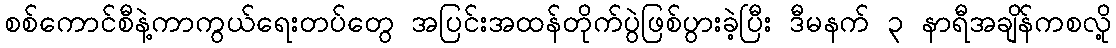
စစ်ကောင်စီနဲ့ကာကွယ်ရေးတပ်တွေ အပြင်းအထန်တိုက်ပွဲဖြစ်ပွားခဲ့ပြီး ဒီမနက် ၃ နာရီအချိန်ကစလို့